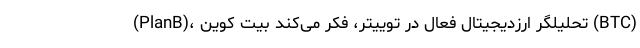
(PlanB)، تحلیلگر ارزدیجیتال فعال در توییتر، فکر می‌کند بیت کوین (BTC)